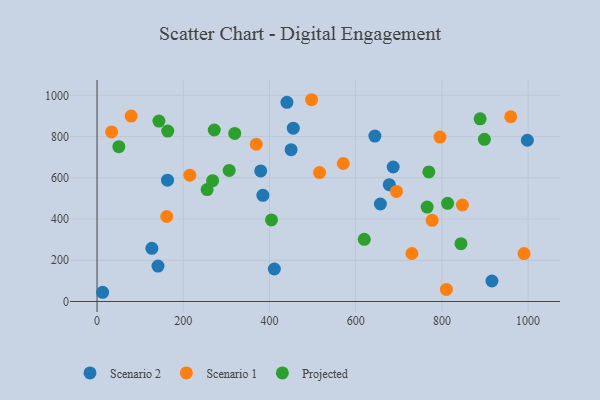
{"axis": {"x": "Distance", "y": "Rating"}, "legend": ["Projected", "Scenario 1", "Scenario 2"], "data": [{"x": "455.2", "y": 840.8, "type": "Scenario 2"}, {"x": "411.3", "y": 157.4, "type": "Scenario 2"}, {"x": "677.9", "y": 566.6, "type": "Scenario 2"}, {"x": "163.4", "y": 588.2, "type": "Scenario 2"}, {"x": "384.7", "y": 515.0, "type": "Scenario 2"}, {"x": "450.1", "y": 736.2, "type": "Scenario 2"}, {"x": "687.0", "y": 652.3, "type": "Scenario 2"}, {"x": "657.3", "y": 472.8, "type": "Scenario 2"}, {"x": "998.3", "y": 782.0, "type": "Scenario 2"}, {"x": "379.6", "y": 633.2, "type": "Scenario 2"}, {"x": "440.5", "y": 966.2, "type": "Scenario 2"}, {"x": "644.5", "y": 802.2, "type": "Scenario 2"}, {"x": "916.1", "y": 99.3, "type": "Scenario 2"}, {"x": "141.4", "y": 171.9, "type": "Scenario 2"}, {"x": "127.2", "y": 257.8, "type": "Scenario 2"}, {"x": "12.9", "y": 44.6, "type": "Scenario 2"}, {"x": "694.6", "y": 534.0, "type": "Scenario 1"}, {"x": "369.4", "y": 762.7, "type": "Scenario 1"}, {"x": "847.6", "y": 468.0, "type": "Scenario 1"}, {"x": "79.1", "y": 899.5, "type": "Scenario 1"}, {"x": "777.4", "y": 393.8, "type": "Scenario 1"}, {"x": "959.7", "y": 896.0, "type": "Scenario 1"}, {"x": "730.4", "y": 232.7, "type": "Scenario 1"}, {"x": "33.8", "y": 822.4, "type": "Scenario 1"}, {"x": "215.2", "y": 612.7, "type": "Scenario 1"}, {"x": "497.7", "y": 978.6, "type": "Scenario 1"}, {"x": "516.1", "y": 625.0, "type": "Scenario 1"}, {"x": "571.2", "y": 669.2, "type": "Scenario 1"}, {"x": "795.6", "y": 797.6, "type": "Scenario 1"}, {"x": "161.7", "y": 412.1, "type": "Scenario 1"}, {"x": "990.6", "y": 232.5, "type": "Scenario 1"}, {"x": "810.4", "y": 58.4, "type": "Scenario 1"}, {"x": "844.2", "y": 280.2, "type": "Projected"}, {"x": "898.6", "y": 786.7, "type": "Projected"}, {"x": "143.5", "y": 874.9, "type": "Projected"}, {"x": "50.5", "y": 750.8, "type": "Projected"}, {"x": "319.4", "y": 814.9, "type": "Projected"}, {"x": "306.5", "y": 635.7, "type": "Projected"}, {"x": "164.0", "y": 826.3, "type": "Projected"}, {"x": "268.1", "y": 586.0, "type": "Projected"}, {"x": "765.8", "y": 458.1, "type": "Projected"}, {"x": "255.3", "y": 542.7, "type": "Projected"}, {"x": "769.7", "y": 628.3, "type": "Projected"}, {"x": "619.9", "y": 301.6, "type": "Projected"}, {"x": "404.7", "y": 395.6, "type": "Projected"}, {"x": "888.7", "y": 885.9, "type": "Projected"}, {"x": "271.9", "y": 831.8, "type": "Projected"}, {"x": "813.2", "y": 476.1, "type": "Projected"}]}